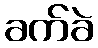
ခက်ခဲ